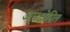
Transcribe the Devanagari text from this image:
अपक्षेपित